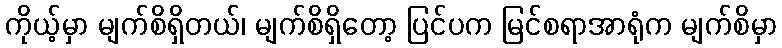
ကိုယ့်မှာ မျက်စိရှိတယ်၊ မျက်စိရှိတော့ ပြင်ပက မြင်စရာအာရုံက မျက်စိမှာ